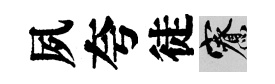
夙夸徒寮